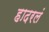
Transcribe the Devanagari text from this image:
हादरलं